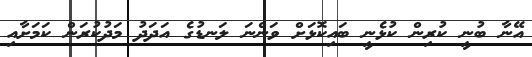
އޭނާ ބުނީ ކުރިން ކުޅެނީ ބައިކޮޅަށް ވަންނަ ލަނޑުގެ އަދަދު މަދުކުރަން ކަމަށާއި